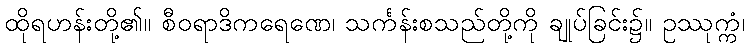
ထိုရဟန်းတို့၏။ စီဝရာဒိကရေဏေ၊ သင်္ကန်းစသည်တို့ကို ချုပ်ခြင်း၌။ ဥဿုက္ကံ၊